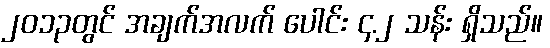
၂၀၁၃တွင် အချက်အလက် ပေါင်း ၄.၂ သန်း ရှိသည်။